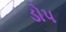
ડોપ